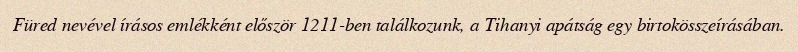
Füred nevével írásos emlékként először 1211-ben találkozunk, a Tihanyi apátság egy birtokösszeírásában.